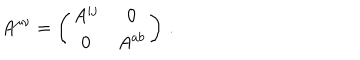
A ^ { \mu \nu } = \left( \begin{matrix} { { A ^ { i j } } } & { { 0 } } \\ { { 0 } } & { { A ^ { a b } } } \\ \end{matrix} \right) \, .